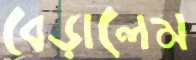
বেড়ালেম